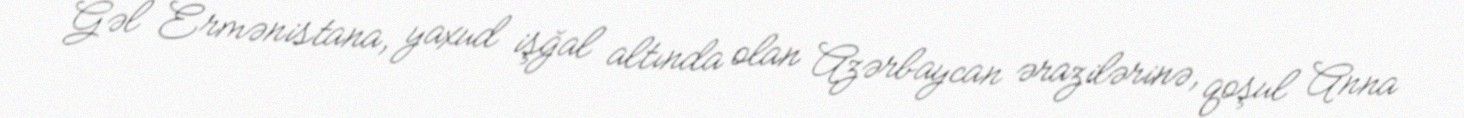
Gəl Ermənistana, yaxud işğal altında olan Azərbaycan ərazilərinə, qoşul Anna